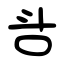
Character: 㪳